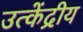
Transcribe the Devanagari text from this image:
उत्केंद्रीय